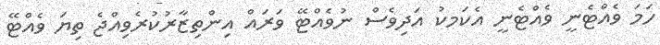
ހަމަ ވެއްޓެނީ ވެއްޓެނީ އެކަމކު އަދިވެސް ނުވެއްޓޭ ވަރައް އިންތިޒާރުކުރެވިއްޖެ ތިޔަ ވެއްޓޭ